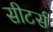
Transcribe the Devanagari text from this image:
सीटर्स